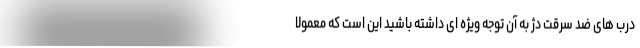
درب های ضد سرقت دژ به آن توجه ویژه ای داشته باشید این است که معمولا